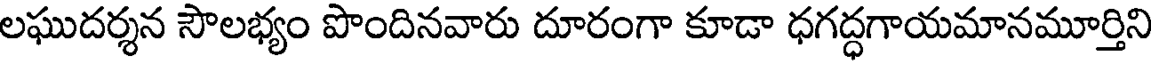
లఘుదర్శన సౌలభ్యం పొందినవారు దూరంగా కూడా ధగద్ధగాయమానమూర్తిని